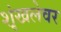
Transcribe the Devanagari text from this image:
शृंखलेवर